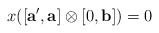
\begin{align*} x([\mathbf{a'},\mathbf{a}] \otimes [0,\mathbf{b}] )=0 \end{align*}